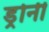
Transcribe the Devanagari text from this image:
ड्रोनी